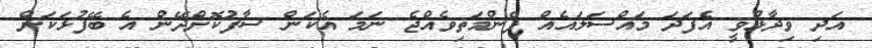
އަދި ވިދާޅުވީ އެފަދަ މައްސަލައެއް ފެންމަތިވެއްޖެ ނަމަ އެކަން ސާފުކޮށްދޭން އެ ބޭފުޅަކަށް